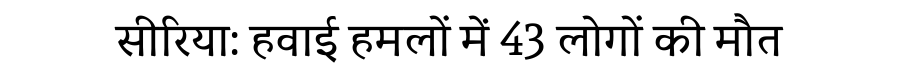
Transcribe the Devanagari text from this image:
सीरिया: हवाई हमलों में 43 लोगों की मौत